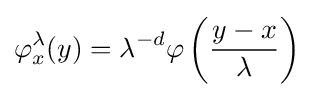
\varphi _{x}^{\lambda }(y)=\lambda ^{-d}\varphi \left({\frac {y-x}{\lambda }}\right)